Plague in India, 1896, 1897 - Volume 1
Year: 1896
Disease focus: Plague
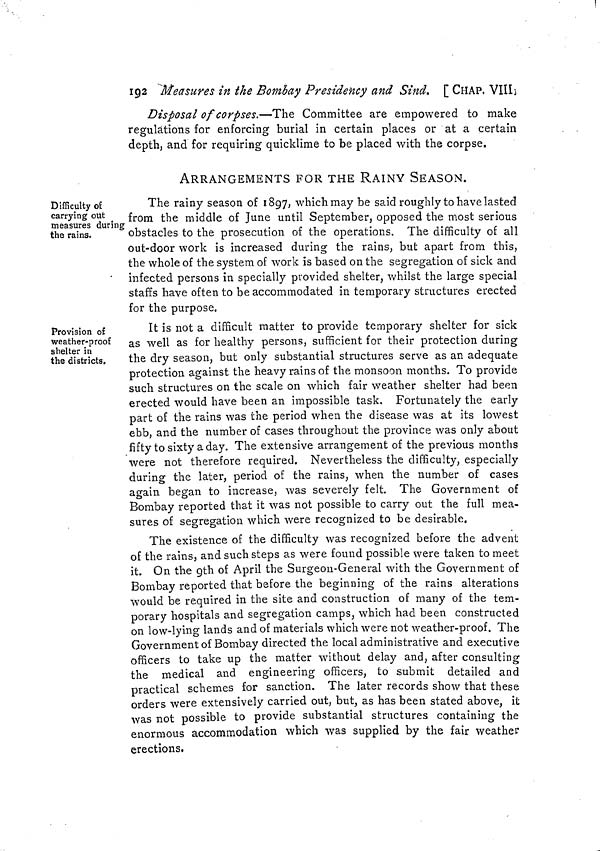
192 Measures in the Bombay Presidency and Sind. [ CHAP. VIII
Disposal of corpses.—The Committee are empowered to make
regulations for enforcing burial in certain places or at a certain
depth, and for requiring quicklime to be placed with the corpse.
ARRANGEMENTS FOR THE RAINY SEASON.
Difficulty of
carrying out
measures during
the rains.
The rainy season of 1897, which may be said roughly to have lasted
from the middle of June until September, opposed the most serious
obstacles to the prosecution of the operations. The difficulty of all
out-door work is increased during the rains, but apart from this,
the whole of the system of work is based on the segregation of sick and
infected persons in specially provided shelter, whilst the large special
staffs have often to be accommodated in temporary structures erected
for the purpose.
Provision of
weather-proof
shelter in
the districts.
It is not a difficult matter to provide temporary shelter for sick
as well as for healthy persons, sufficient for their protection during
the dry season, but only substantial structures serve as an adequate
protection against the heavy rains of the monsoon months. To provide
such structures on the scale on which fair weather shelter had been
erected would have been an impossible task. Fortunately the early
part of the rains was the period when the disease was at its lowest
ebb, and the number of cases throughout the province was only about
fifty to sixty a day. The extensive arrangement of the previous months
were not therefore required. Nevertheless the difficulty, especially
during the later, period of the rains, when the number of cases
again began to increase, was severely felt. The Government of
Bombay reported that it was not possible to carry out the full mea-
sures of segregation which were recognized to be desirable.
The existence of the difficulty was recognized before the advent
of the rains, and such steps as were found possible were taken to meet
it. On the 9th of April the Surgeon-General with the Government of
Bombay reported that before the beginning of the rains alterations
would be required in the site and construction of many of the tem-
porary hospitals and segregation camps, which had been constructed
on low-lying lands and of materials which were not weather-proof. The
Government of Bombay directed the local administrative and executive
officers to take up the matter without delay and, after consulting
the medical and engineering officers, to submit detailed and
practical schemes for sanction. The later records show that these
orders were extensively carried out, but, as has been stated above, it
was not possible to provide substantial structures containing the
enormous accommodation which was supplied by the fair weather
erections.